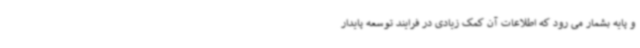
و پایه بشمار می رود که اطلاعات آن کمک زیادی در فرایند توسعه پایدار